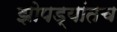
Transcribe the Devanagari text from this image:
झोपड्यांतच